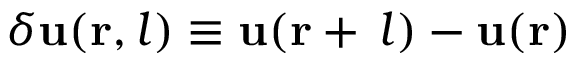
\delta \mathbf { u ( r , } \, \boldsymbol { l } ) \equiv \mathbf { u ( r } + \, \boldsymbol { l } ) - \mathbf { u ( r ) }